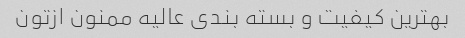
بهترین کیفیت و بسته بندی عالیه ممنون ازتون